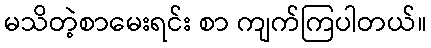
မသိတဲ့စာမေးရင်း စာ ကျက်ကြပါတယ်။